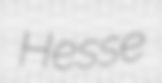
Hesse